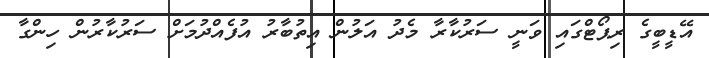
އޭޑީބީގެ ރިޕޯޓްގައި ވަނީ ސަރުކާރާ މެދު އަލުން އިތުބާރު އުފެއްދުމަށް ސަރުކާރުން ހިންގާ